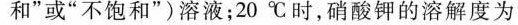
和”或“不饱和”)溶液；20℃时，硝酸钾的溶解度为